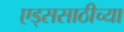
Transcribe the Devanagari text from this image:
एड्ससाठीच्या